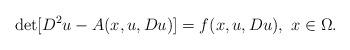
LaTeX: \begin{align*}\det [ D^2u -A(x,u,Du)]=f(x,u,Du),\,\, x \in \Omega.\end{align*}